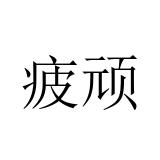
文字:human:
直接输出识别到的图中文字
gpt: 疲顽